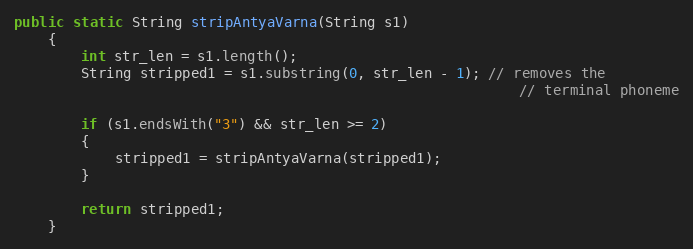
Language: Java
public static String stripAntyaVarna(String s1)
    {
        int str_len = s1.length();
        String stripped1 = s1.substring(0, str_len - 1); // removes the
                                                            // terminal phoneme

        if (s1.endsWith("3") && str_len >= 2)
        {
            stripped1 = stripAntyaVarna(stripped1);
        }

        return stripped1;
    }